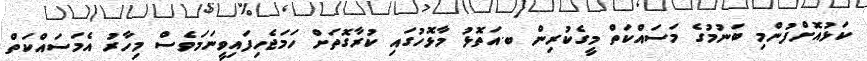
ކަޅުއޮށްފުންމި ބަނުމުގެ މަސައްކަތް މީގެކުރިން ބ.އަތޮޅު މާޅޮހުގައި ކުރާގޮތަށް ހަމަޖެހިފައިވީނަމަވެސް މިހާރު އެމަސައްކަތް